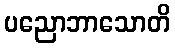
ပညောဘာသောတိ